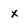
Character: x